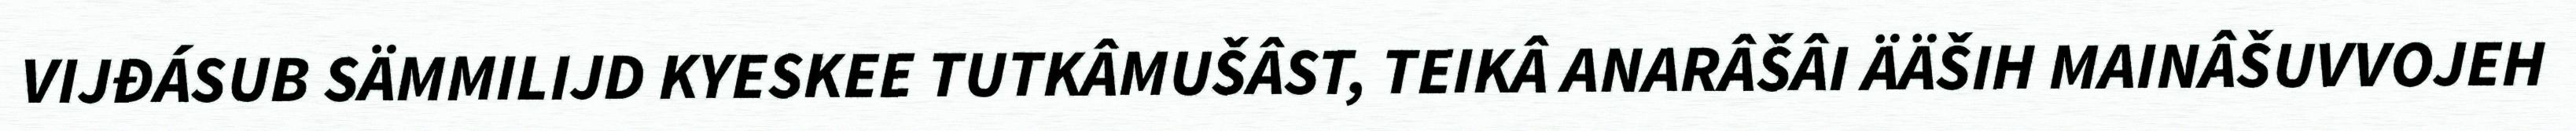
VIJĐÁSUB SÄMMILIJD KYESKEE TUTKÂMUŠÂST, TEIKÂ ANARÂŠÂI ÄÄŠIH MAINÂŠUVVOJEH